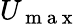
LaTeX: U_{\mathrm{~m~a~x~}}